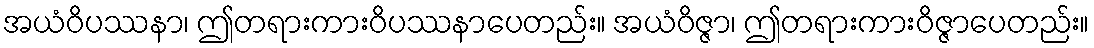
အယံဝိပဿနာ၊ ဤတရားကားဝိပဿနာပေတည်း။ အယံဝိဇ္ဇာ၊ ဤတရားကားဝိဇ္ဇာပေတည်း။